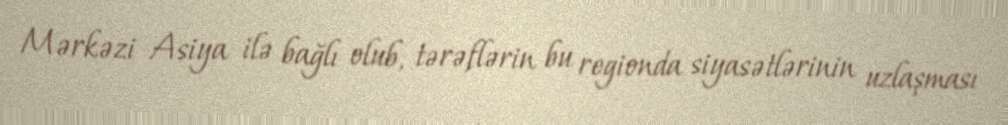
Mərkəzi Asiya ilə bağlı olub, tərəflərin bu regionda siyasətlərinin uzlaşması